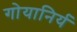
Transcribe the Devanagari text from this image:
गोयानिर्य